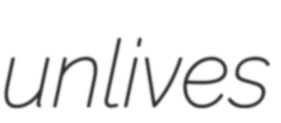
unlives